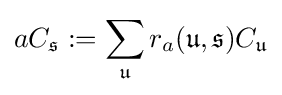
aC_{\mathfrak {s}}:=\sum _{\mathfrak {u}}r_{a}({\mathfrak {u}},{\mathfrak {s}})C_{\mathfrak {u}}